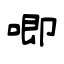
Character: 唧